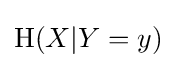
\mathrm {H} (X|Y=y)